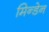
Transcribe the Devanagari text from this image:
मिन्डेन